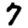
Digit: 7